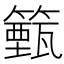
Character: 籈